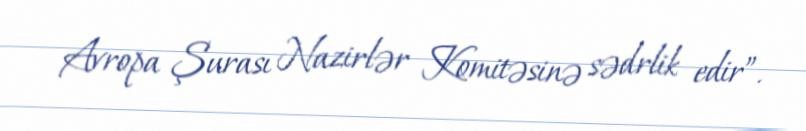
Avropa Şurası Nazirlər Komitəsinə sədrlik edir”.